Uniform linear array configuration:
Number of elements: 32
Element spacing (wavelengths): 0.75
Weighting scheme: uniform
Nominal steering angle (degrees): -45
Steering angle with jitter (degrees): -46.772
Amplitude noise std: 0.05
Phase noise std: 0.05

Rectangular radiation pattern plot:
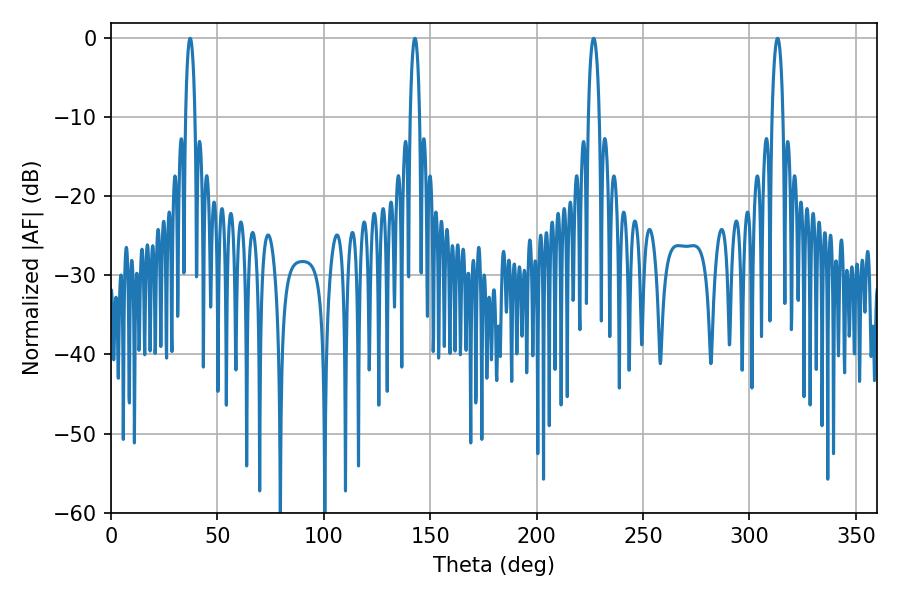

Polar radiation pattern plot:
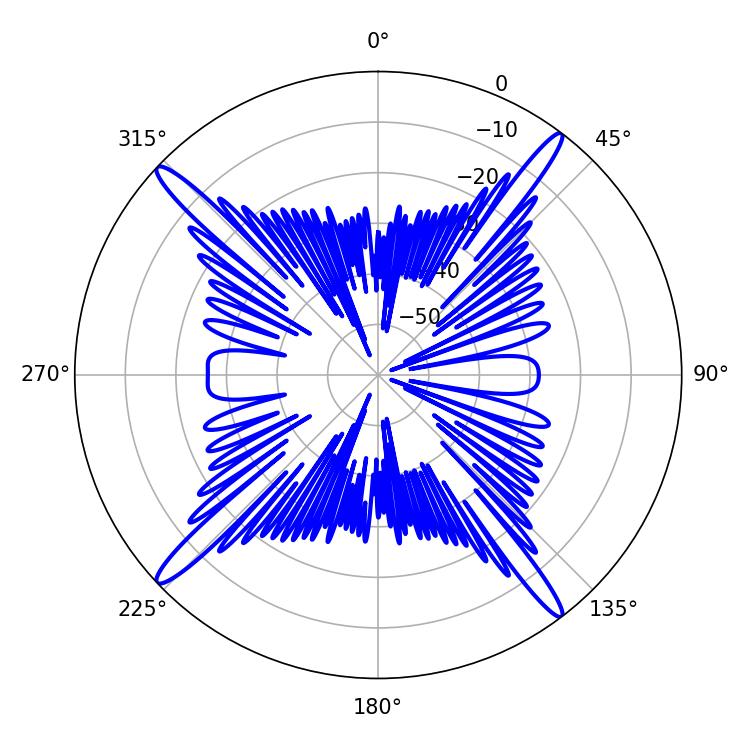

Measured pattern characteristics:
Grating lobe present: TRUE
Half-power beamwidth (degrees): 2.88
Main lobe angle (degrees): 226.8